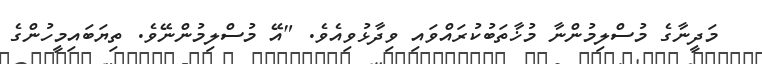
މަދީނާގެ މުސްލިމުންނާ މުޚާތަބުކުރައްވައި ވިދާޅުވިއެވެ. "އޭ މުސްލިމުންނޭވެ. ތިޔަބައިމީހުންގެ